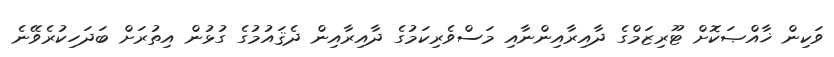
ވަކިން ޚާއްޞަކޮށް ޓޫރިޒަމްގެ ދާއިރާއިންނާއި މަސްވެރިކަމުގެ ދާއިރާއިން ދެޤައުމުގެ ގުޅުން އިތުރަށް ބަދަހިކުރެވޭނެ